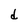
Character: d